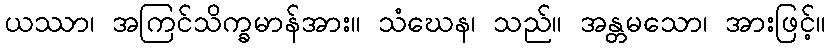
ယဿာ၊ အကြင်သိက္ခမာန်အား။ သံဃေန၊ သည်။ အန္တမသော၊ အားဖြင့်။